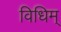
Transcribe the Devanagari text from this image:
विधिम्